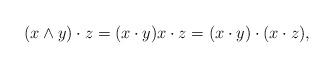
LaTeX: \begin{align*}(x\wedge y)\cdot z=(x\cdot y)x\cdot z=(x\cdot y)\cdot(x\cdot z),\end{align*}